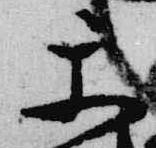
楽